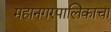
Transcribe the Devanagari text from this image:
महानगरपालिकाचा